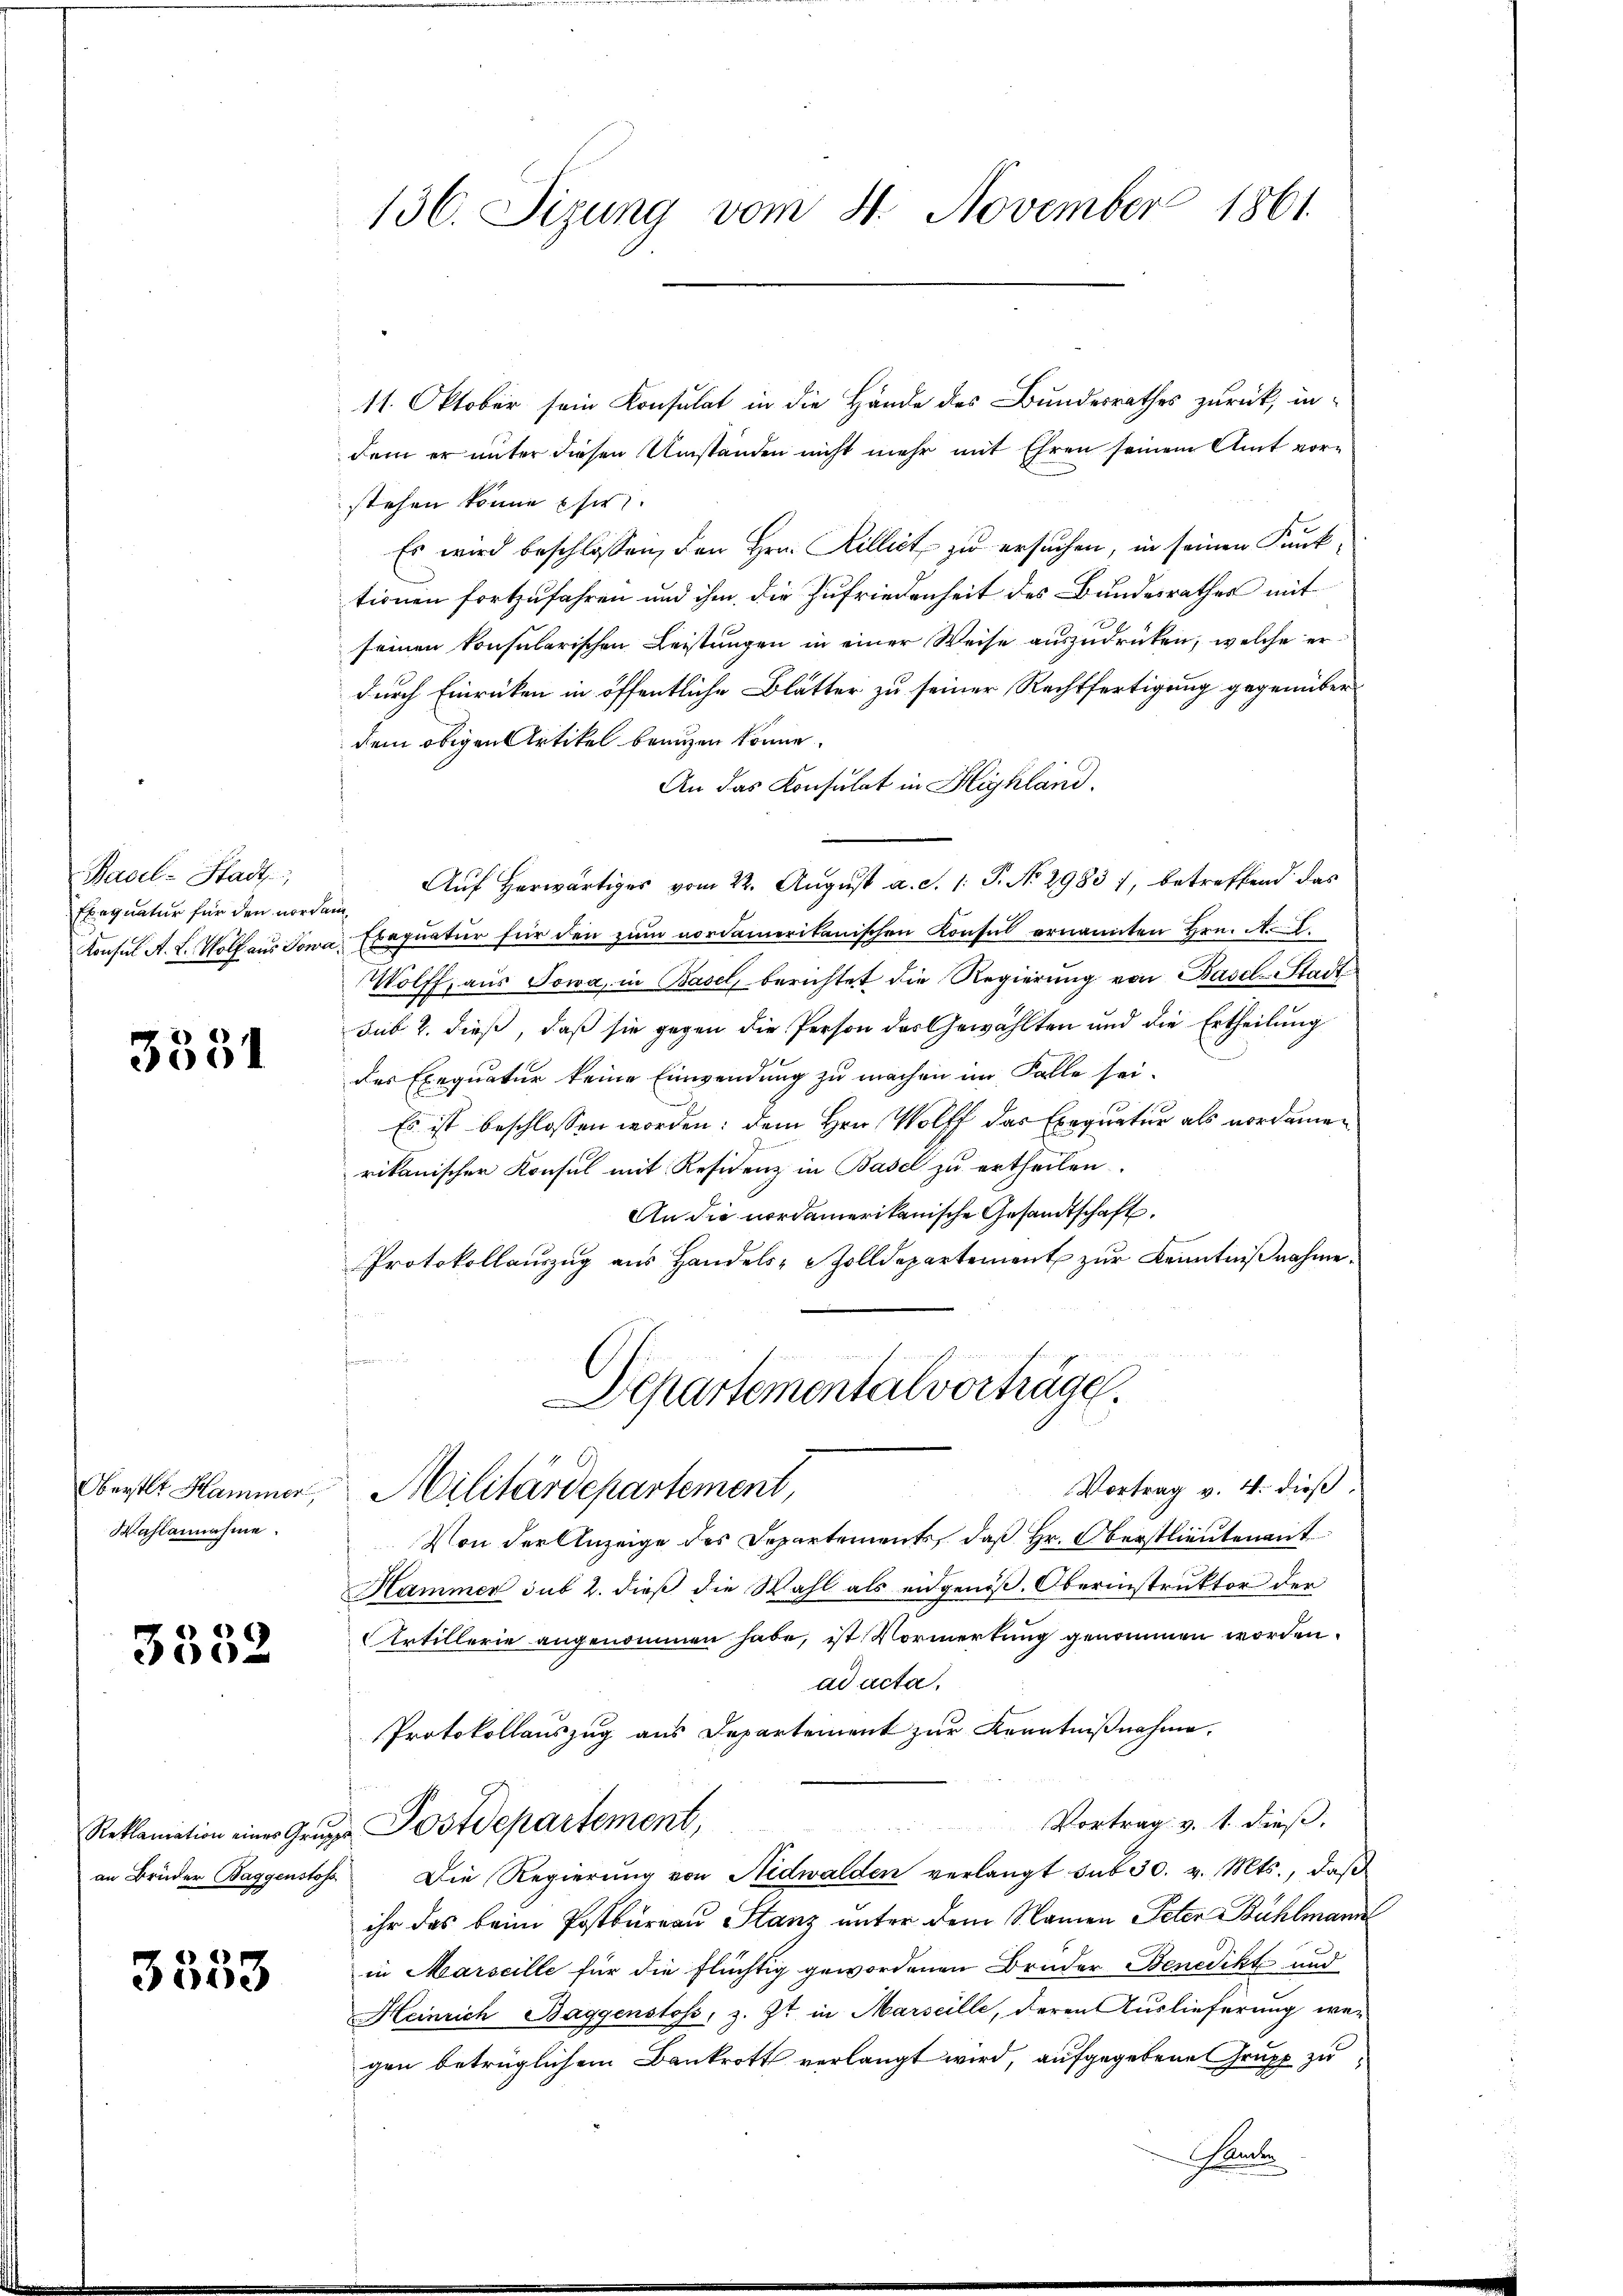
Basel-Stadt
Ebegnatur für den nordam
Konsul A. L. Wolf aus Jon

3531

Oberstet Hammer,
Wahlannahme.

3552

11. Oktober sein Konsulat in die Hände des Bundesrathes zurück, indem er unter diesen Umständen nicht mehr mit Ehren seinem Amt vorstehen könne Ehe
Es wird beschlossen, den Hrn. Rillict zu ersuchen, in seinen Kunktionen fortzufahren und ihm die Zufriedenheit des Bundesrathes mit
seinen konsularischen Leistungen in einer Weise auszudrücken, welche er
durch Einrücken in öffentliche Blätter zu seiner Rechtfertigung gegenüberdem obigen Artikel branzen könne.
An das Konsulat in Highland.
Aŭf herwärtiges vom 22. August a. d. 1. P. No 2983 7, betreffend das
 Exequatur für den zum nordamerikanischen Konsul ernannten Hrn. A. E.
Wolff, aus Sowa, in Basel, berichtet die Regierung von Basel-Stadt
sub 2. dieß, daß sie gegen die Person des Gewählten und die Ertheilung
des Exequatur keine Einwendung zu machen im Falle sei.
Es ist beschlossen worden; dem Hrn. Wolff das Exequatur als verdamen
rikanischer Konsul mit Residenz in Basel zu ertheilen.
An die nordamerikanische Gesandtschaft.
Protokollauszug aus Handels- & Zolldepartement zur Kenntnißnahmef
Departemental vorträge.
Vortrag v. 4. dieß,
Militärdepartement,
Von der Anzeige des Departements, daß Hr. Oberstlieutenant
Hammer sub 2. dieß die Wahl als eidgenöß. Oberinstruktor der
Artillerie angenommen habe, ist Vormerkung genommen worden.
ad acta.
Protokollauszug aus Departement zur Kenntnißnahme.
Vortrag v. 1. dieß.
Reklamation eines Grŭger Postdepartement,
an Brüder Baggenstos Die Regierung von Nidwalden verlangt sub 30. v. Mts., daß
ihr das beim Postbureau Stanz unter dem Namen Peten Bühlmann
in Marseille für die flüchtig gewordenen Bruder Benedikt und
Heinrich Baggenstoss, z. Zt. in Marseille, deren Auslieferung wer
gen betrüglichem Bankrott verlangt wird, aufgegebene Grupp zu¬

3553

136. Sizung vom 4. November 1861.